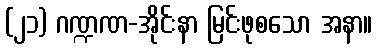
(၂၁) ဂဏ္ဍဏ-အိုင်းနာ မြင်းဖုစသော အနာ။